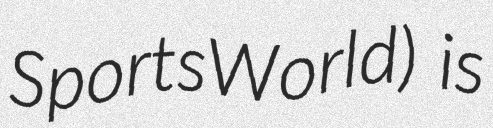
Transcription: SportsWorld) is